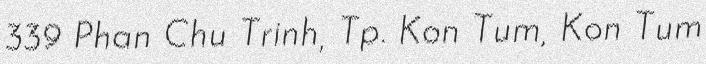
339 Phan Chu Trinh, Tp. Kon Tum, Kon Tum